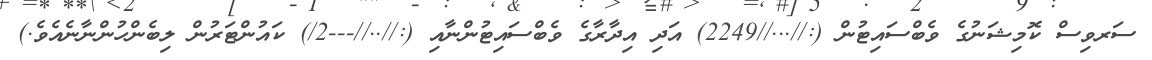
ސަރވިސް ކޮމިޝަނުގެ ވެބްސައިޓުން (://...//2249) އަދި އިދާރާގެ ވެބްސައިޓުންނާއި (://..//---2/) ކައުންޓަރުން ލިބެންހުންނާނެއެވެ.)